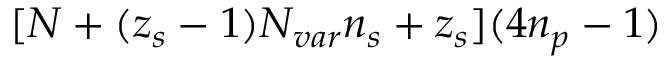
[ N + ( z _ { s } - 1 ) \ensuremath { N _ { v a r } } \ensuremath { n _ { s } } + z _ { s } ] ( 4 \ensuremath { n _ { p } } - 1 )